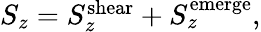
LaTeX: \begin{array}{r}{S_{z}=S_{z}^{\mathrm{shear}}+S_{z}^{\mathrm{emerge}},}\end{array}